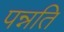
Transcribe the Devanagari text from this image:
पन्नति